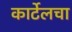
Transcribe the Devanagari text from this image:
कार्टेलचा